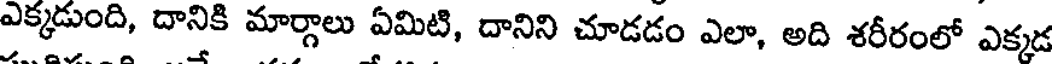
ఎక్కడుంది, దానికి మార్గాలు ఏమిటి, దానిని చూడడం ఎలా, అది శరీరంలో ఎక్కడ